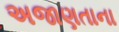
અજાણતાના